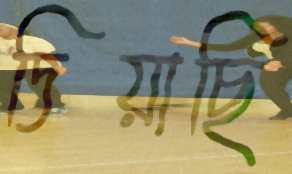
দিয়াছি